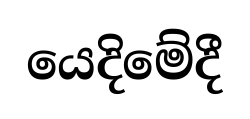
යෙදිමේදී